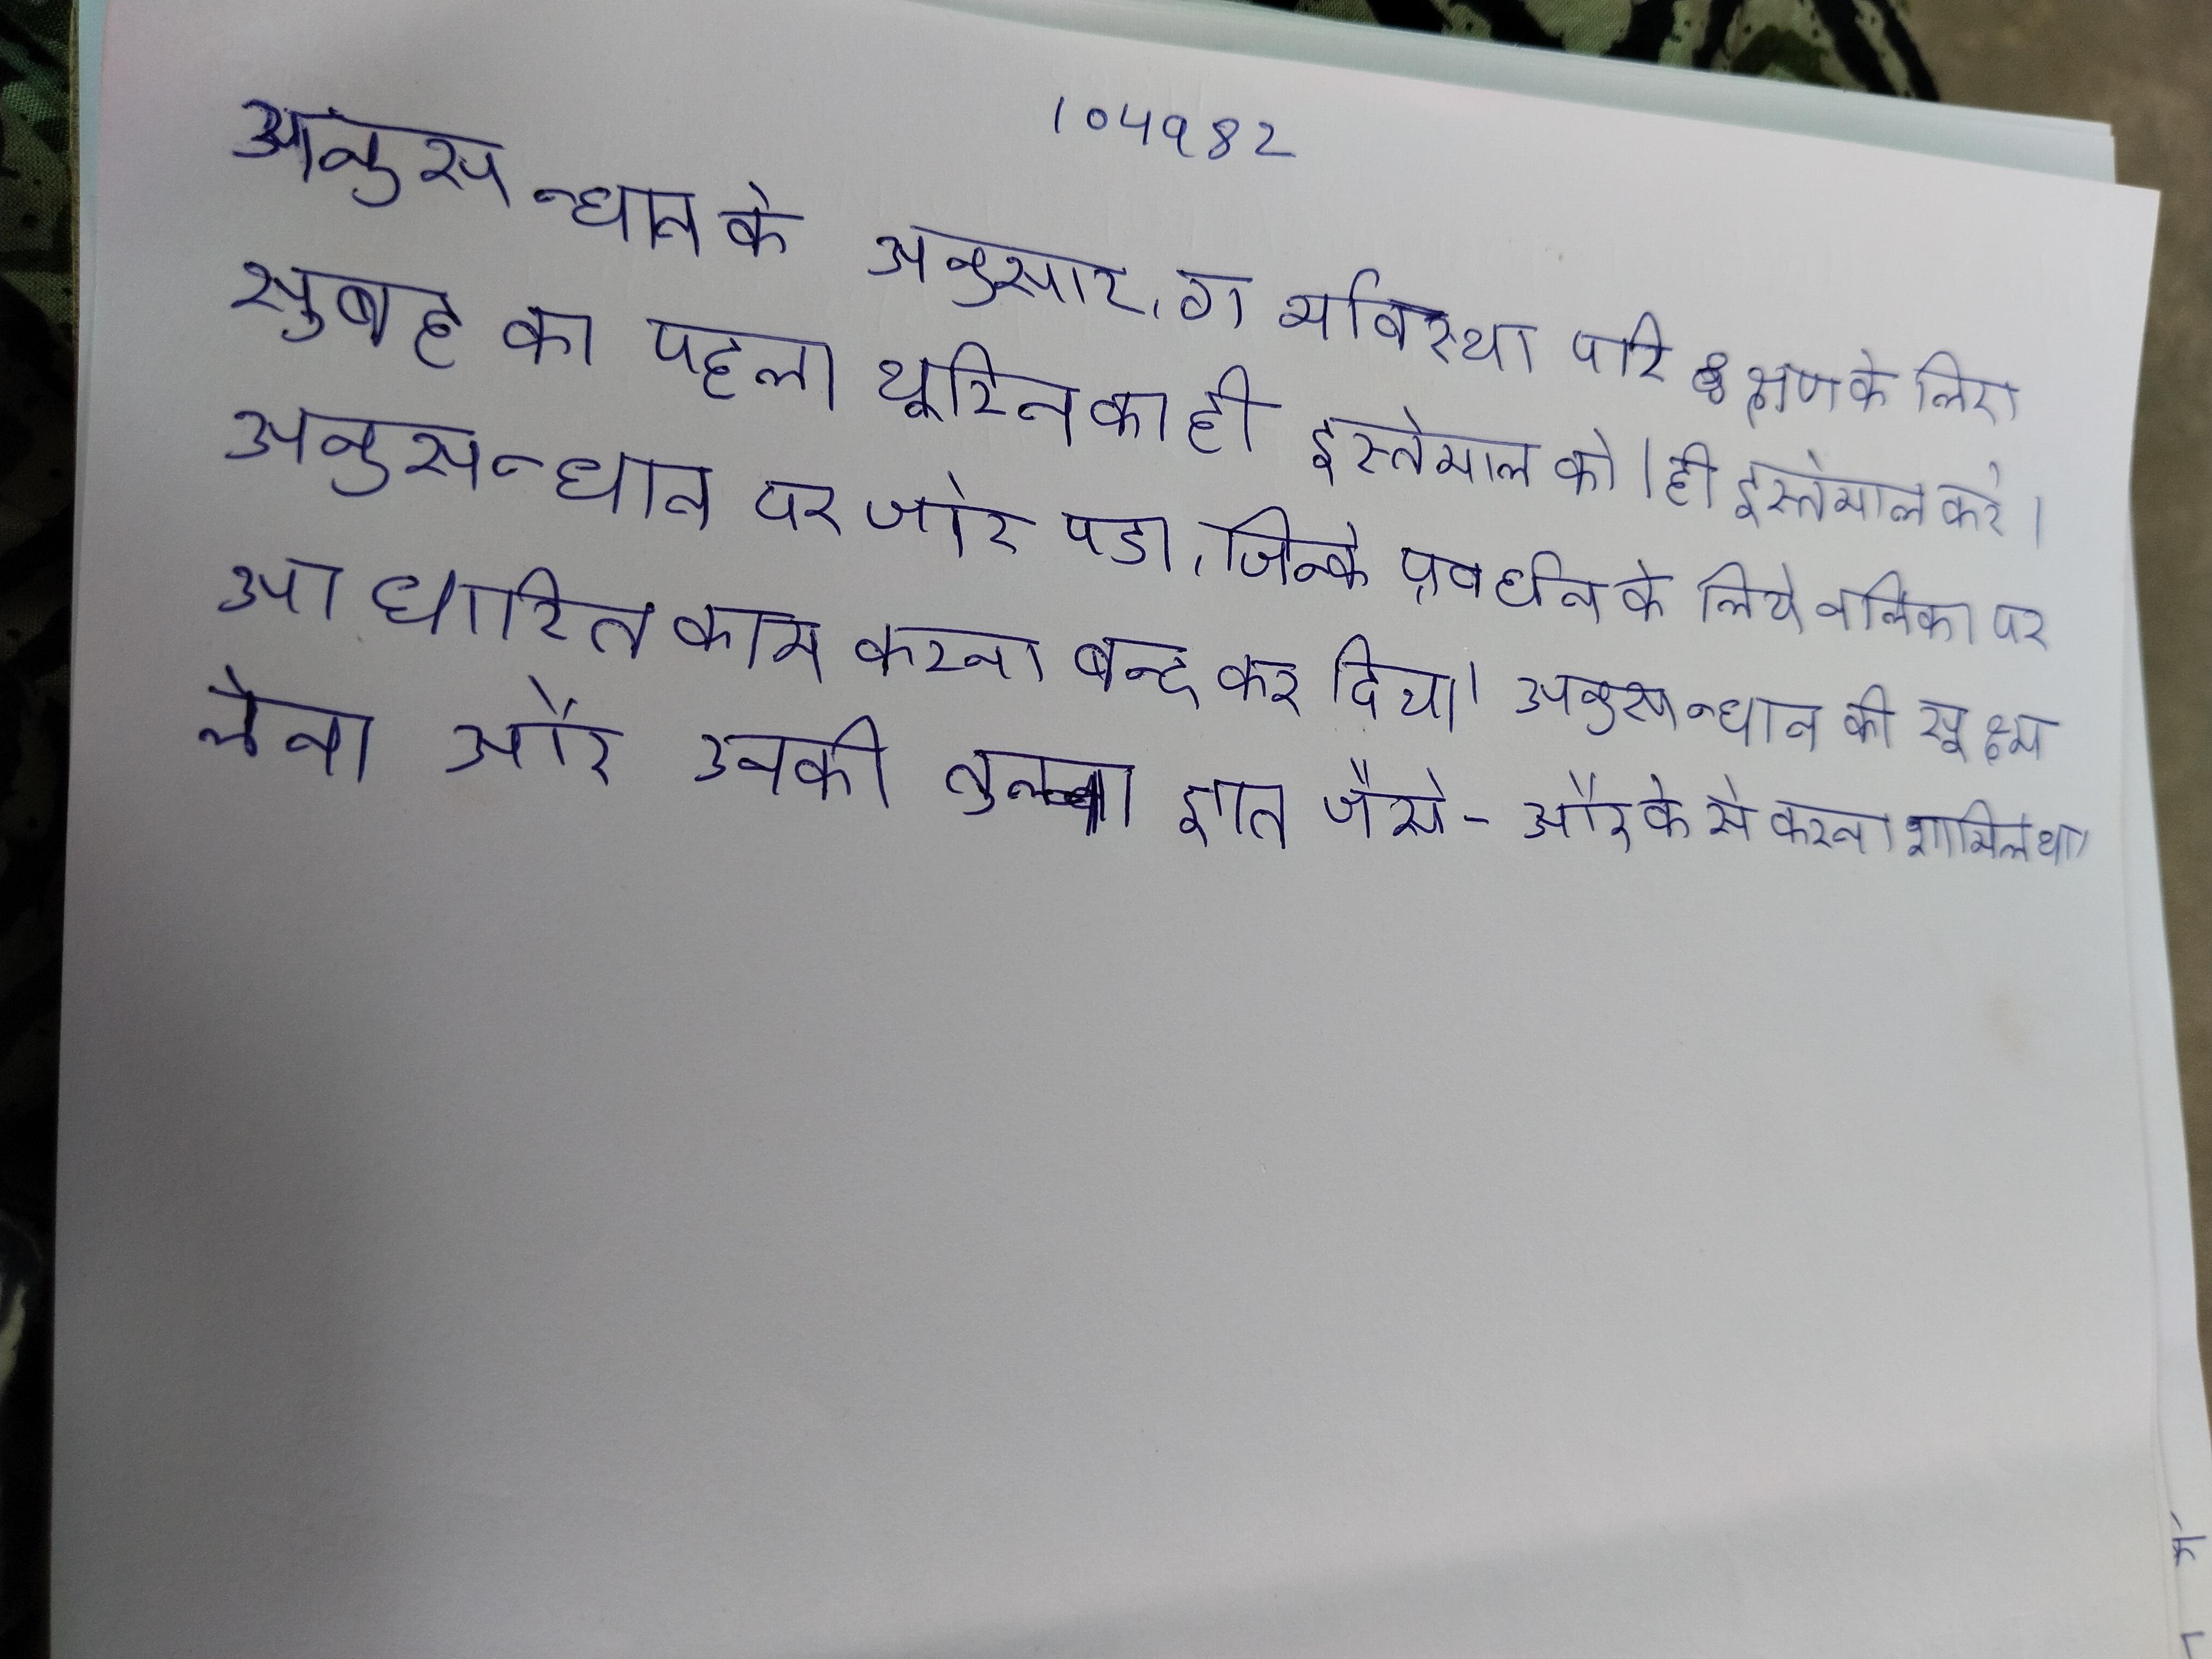
अनुसन्धान के अनुसार, गर्भावस्था परिक्षण के लिए सुबह का पहला यूरिन का ही इस्तेमाल करे । अनुसन्धान पर जोर पडा, जिन्के प्रवर्धन के लिये नलिका पर आधारित काम करना बन्द कर दिया । अनुसन्धान की सूक्ष्म लेना और उनकी तुलना ज्ञात जैसे - और के से करना शामिल था ।